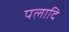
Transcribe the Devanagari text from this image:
पलादि